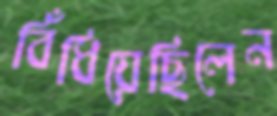
বিঁধিয়েছিলেন